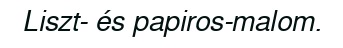
Liszt- és papiros-malom.